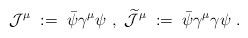
LaTeX: \begin{align*}{\mathcal J}^\mu\;:=\;\bar{\psi} \gamma^\mu \psi \ , \ \widetilde{{\mathcal J}}^\mu \;:=\; \bar{\psi} \gamma^\mu \gamma \psi \ .\end{align*}